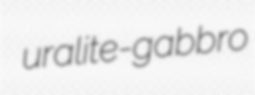
uralite-gabbro